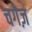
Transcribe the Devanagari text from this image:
चगेज़